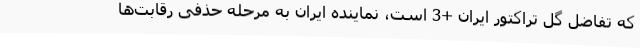
که تفاضل گل تراکتور ایران +3 است، نماینده ایران به مرحله حذفی رقابت‌ها